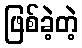
ဖြစ်ခဲ့တဲ့